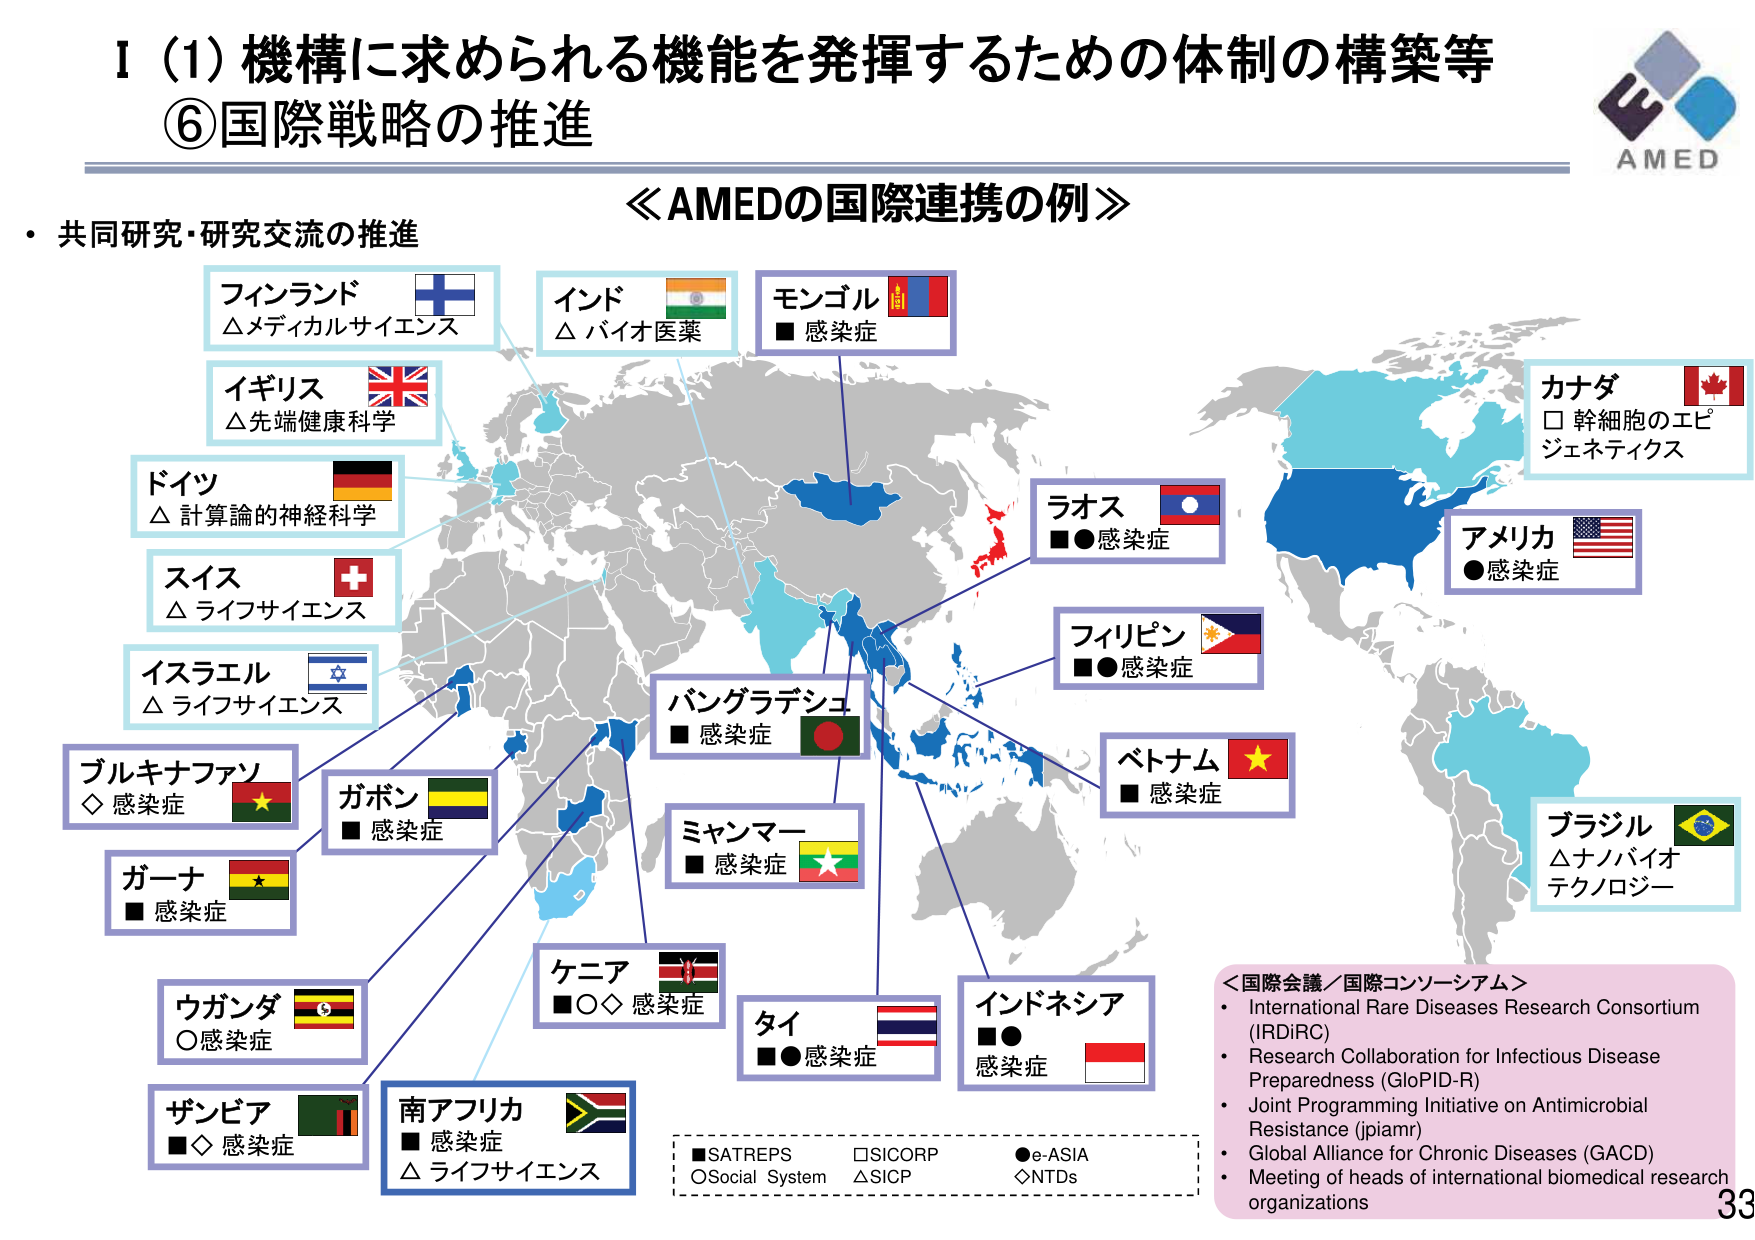
I (1) 機構に求められる機能を発揮するための体制の構築等
⑥国際戦略の推進

AMED

≪AMEDの国際連携の例≫

・共同研究・研究交流の推進

フィンランド △メディカルサイエンス
イギリス △先端健康科学
ドイツ △計算論的神経科学
スイス △ライフサイエンス
イスラエル △ライフサイエンス
ブルキナファソ ◇感染症
ガボン ■感染症
ガーナ ■感染症
ウガンダ ○感染症
ザンビア ■◇感染症
南アフリカ ■感染症 △ライフサイエンス
ケニア ■○◇感染症
ミャンマー ■感染症
バングラデシュ ■感染症
タイ ■●感染症
インドネシア ■●感染症
ラオス ■●感染症
フィリピン ■●感染症
ベトナム ■感染症
モンゴル ■感染症
インド △バイオ医薬
カナダ □幹細胞のエピジェネティクス
アメリカ ●感染症
ブラジル △ナノバイオテクノロジー

■SATREPS □SICORP ●e-ASIA
○Social System △SICP ◇NTDs

＜国際会議／国際コンソーシアム＞
・International Rare Diseases Research Consortium (IRDRC)
・Research Collaboration for Infectious Disease Preparedness (GloPID-R)
・Joint Programming Initiative on Antimicrobial Resistance (jpiamr)
・Global Alliance for Chronic Diseases (GACD)
・Meeting of heads of international biomedical research organizations

33